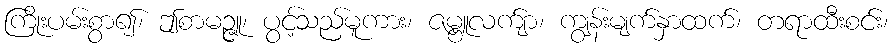
ကြိုးပမ်းစွာ၍၊ ဤစာမဉ္ဇူ၊ ပွင့်သည်မူကား၊ ဇမ္ဗူလက်ျာ၊ ကျွန်းမျက်နှာထက်၊ တရာထီးစင်း၊